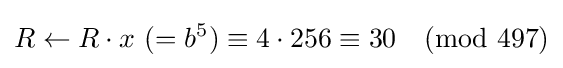
R\leftarrow R\cdot x{\text{ }}(=b^{5})\equiv 4\cdot 256\equiv 30{\pmod {497}}